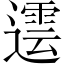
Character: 𨗠